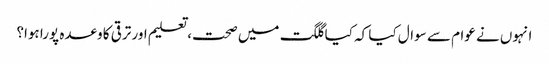
انہوں نے عوام سے سوال کیا کہ کیا گلگت میں صحت، تعلیم اور ترقی کا وعدہ پورا ہوا؟